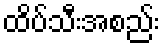
ထိပ်သီးအစည်း